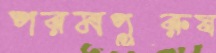
পরমপুরুষ